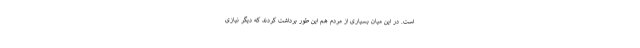
است. در این میان بسیاری از مردم هم این طور برداشت کردند که دیگر نیازی